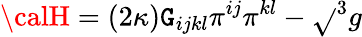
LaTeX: {\calH}=\left(2\kappa\right)\mathtt{G}_{ijkl}\pi^{ij}\pi^{kl}-\sqrt{}{{^{3}g}}